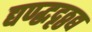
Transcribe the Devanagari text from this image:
द्यण्द्धदृठ्ठद्य